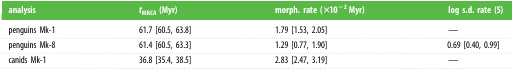
<table><thead><tr><td><b>analysis</b></td><td><b><i>t</i><sub>MRCA</sub> (Myr)</b></td><td><b>morph. rate (×10<sup>−2</sup> Myr)</b></td><td><b>log s.d. rate (S)</b></td></tr></thead><tbody><tr><td>penguins Mk-1</td><td>61.7 [60.5, 63.8]</td><td>1.79 [1.53, 2.05]</td><td>—</td></tr><tr><td>penguins Mk-8</td><td>61.4 [60.5, 63.3]</td><td>1.29 [0.77, 1.90]</td><td>0.69 [0.40, 0.99]</td></tr><tr><td>canids Mk-1</td><td>36.8 [35.4, 38.5]</td><td>2.83 [2.47, 3.19]</td><td>—</td></tr></tbody></table>